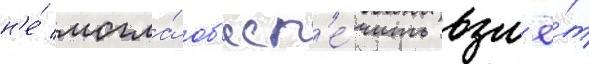
н'е́ могла́ об'есп'е́чить взл'ё́т